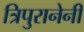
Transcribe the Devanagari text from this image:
त्रिपुरानेनी